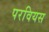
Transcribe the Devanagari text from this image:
परवियस